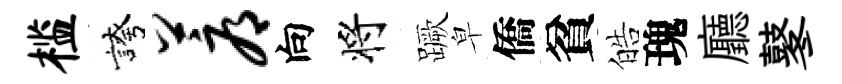
槛誇蓐向将蹶皁僑貧皓瑰廳鼕